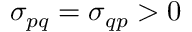
\sigma _ { p q } = \sigma _ { q p } > 0